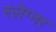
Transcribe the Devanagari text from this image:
स्लेग्नर